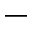
-